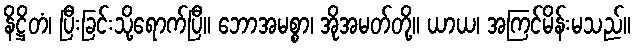
နိဋ္ဌိတံ၊ ပြီးခြင်းသို့ရောက်ပြီ။ ဘောအမစ္စာ၊ အိုအမတ်တို့။ ယာယ၊ အကြင်မိန်းမသည်။